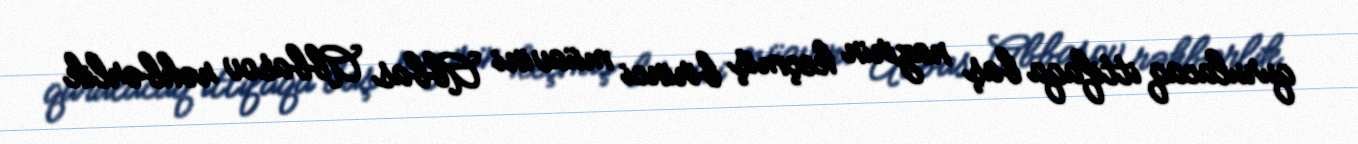
qurulacaq ittifaqa baş nazirin keçmiş birinci müavini Abbas Abbasov rəhbərlik